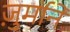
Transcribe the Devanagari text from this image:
ज़ुर्माने